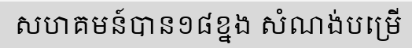
សហគមន៍បាន១៨ខ្នង សំណង់បម្រើ